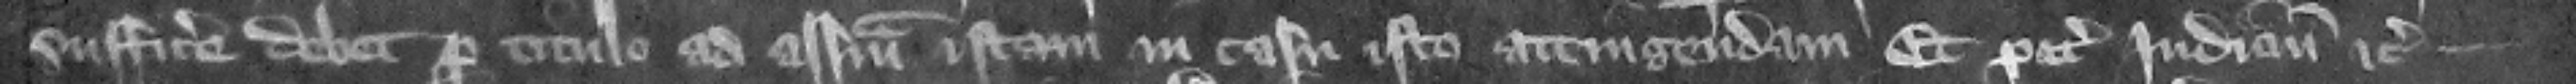
sufficere debet pro titulo ad assisam istam in casu isto attingendam et petit iudicium etc.